65_HS1-834228961_62-HQ-83894_SUB_A
Agency: FBI
Page 51
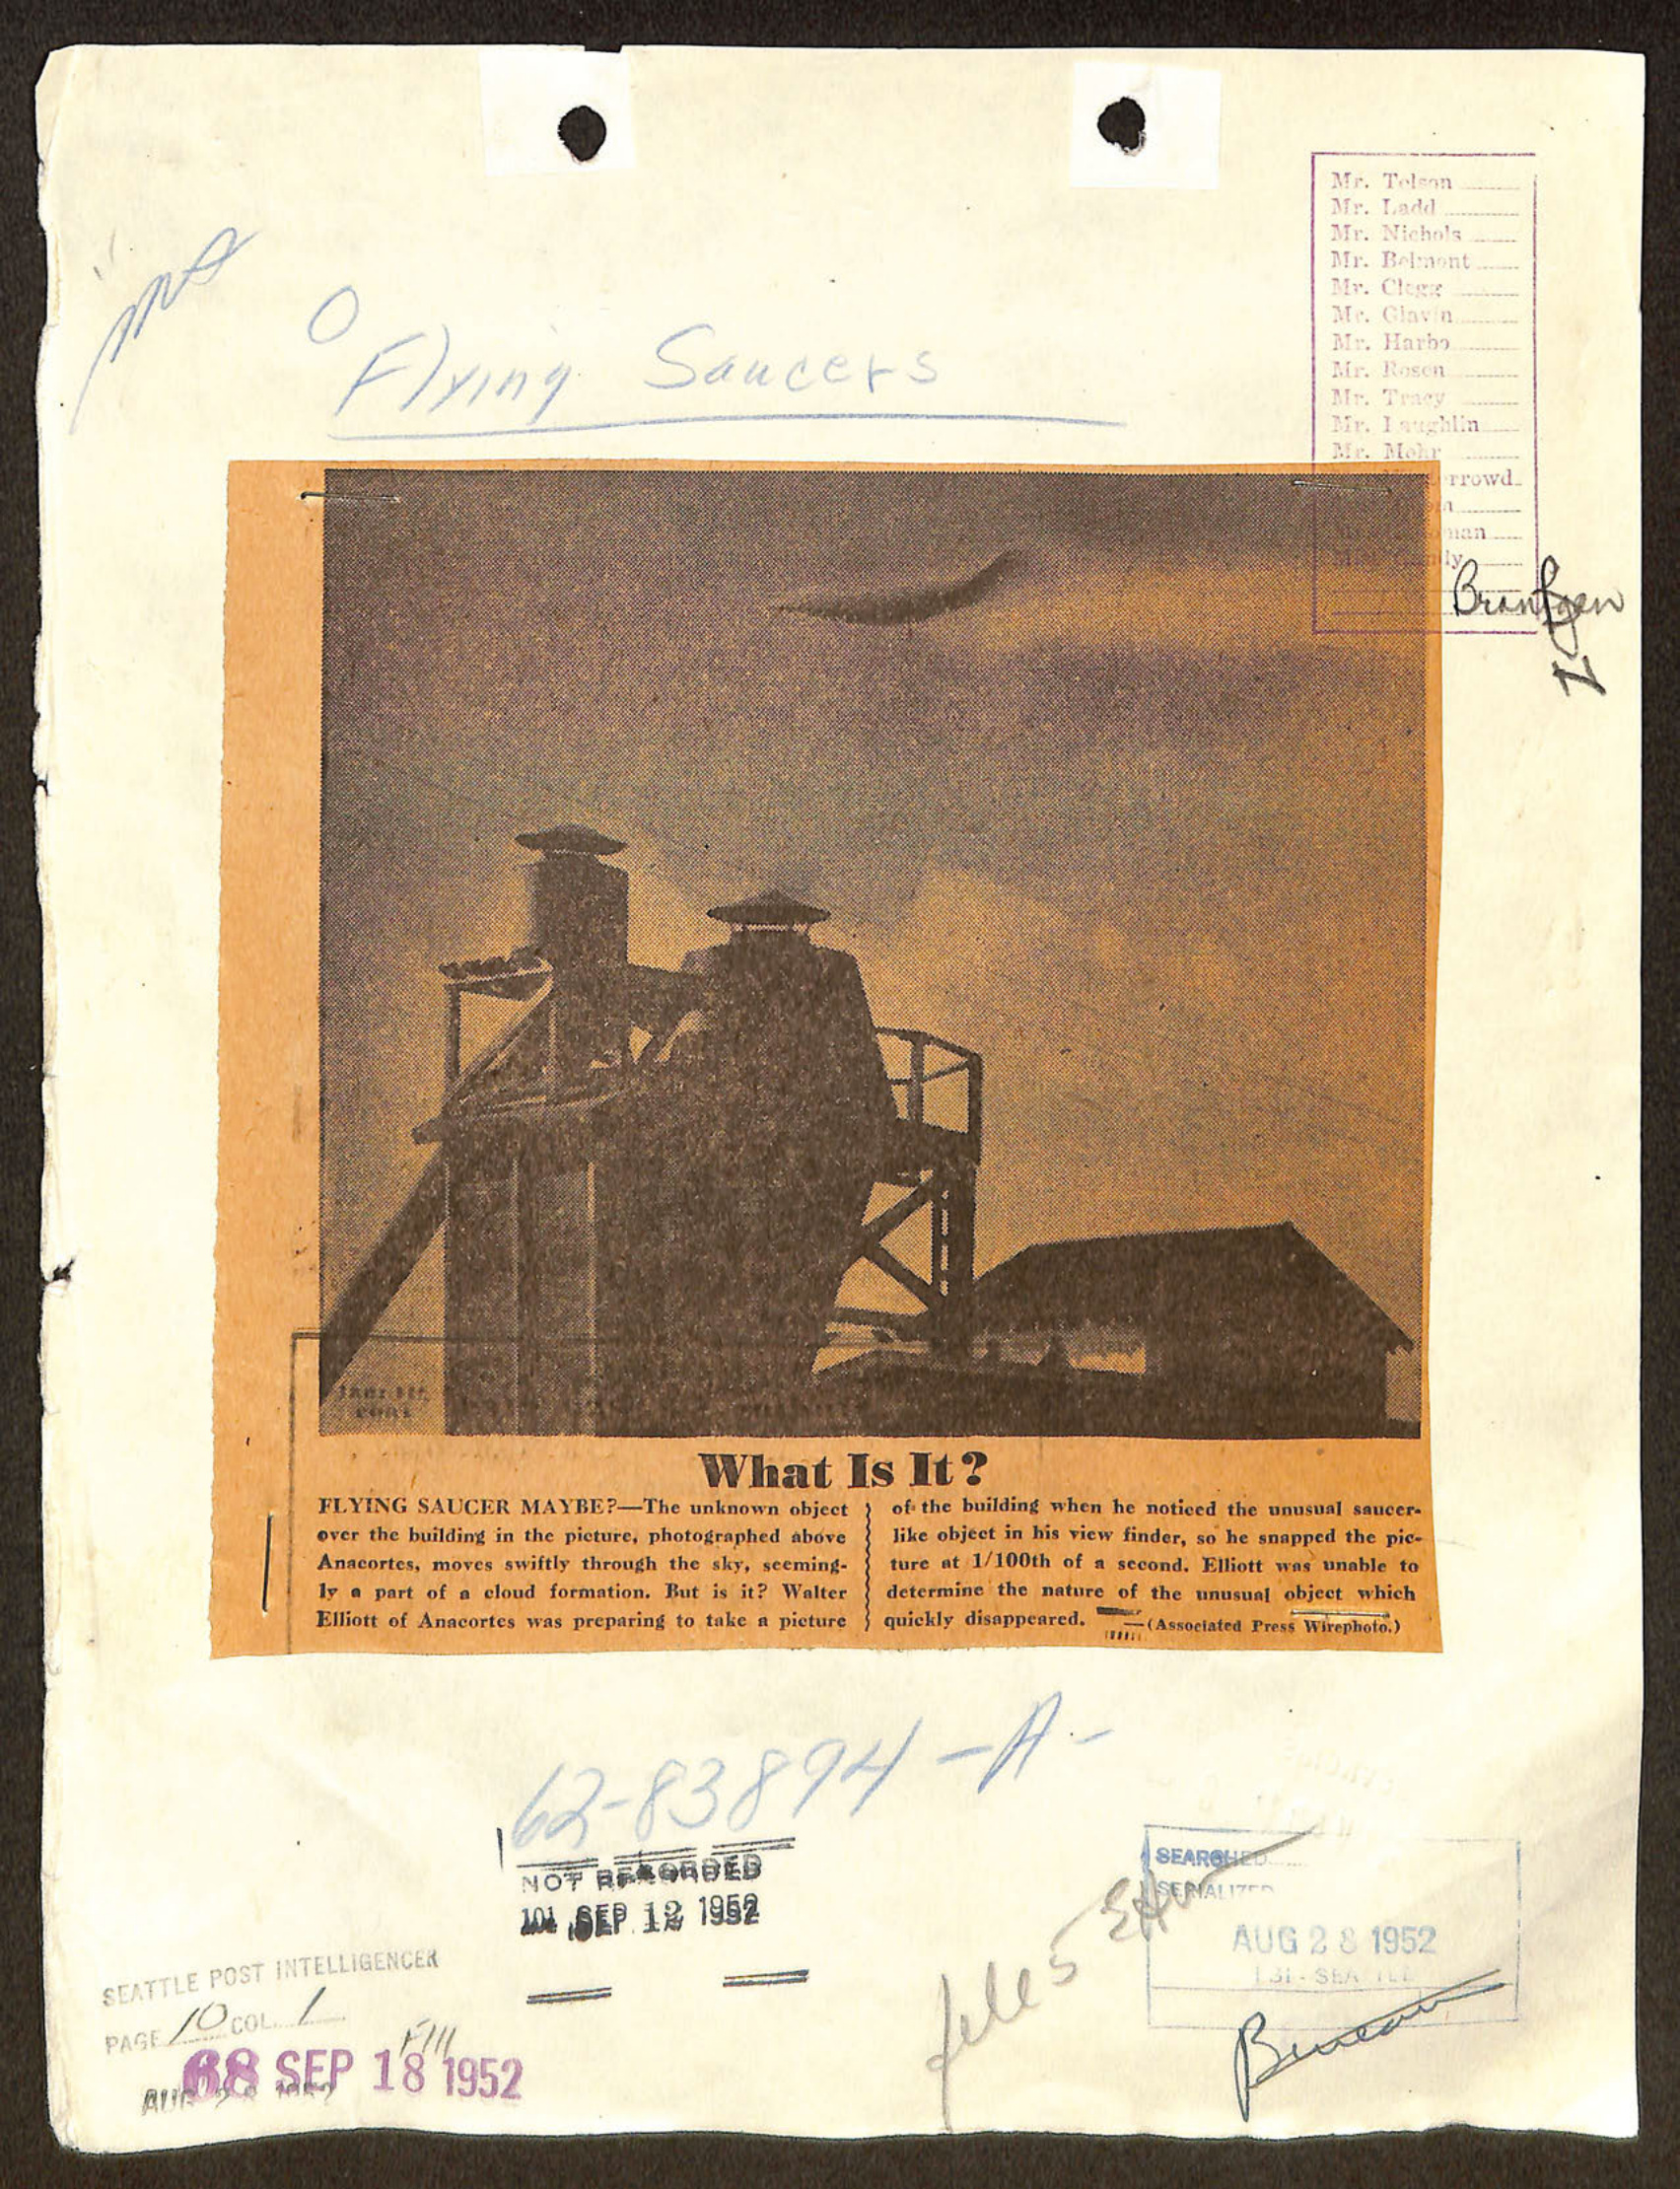